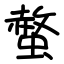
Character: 螫